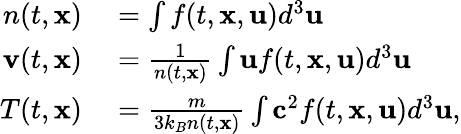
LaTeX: \begin{array}{rl}{n(t,\mathbf{x})}&{{}=\int f(t,\mathbf{x},\mathbf{u})d^{3}\mathbf{u}}\\ {\mathbf{v}(t,\mathbf{x})}&{{}=\frac{1}{n(t,\mathbf{x})}\int\mathbf{u}f(t,\mathbf{x},\mathbf{u})d^{3}\mathbf{u}}\\ {T(t,\mathbf{x})}&{{}=\frac{m}{3k_{B}n(t,\mathbf{x})}\int\mathbf{c}^{2}f(t,\mathbf{x},\mathbf{u})d^{3}\mathbf{u},}\end{array}